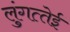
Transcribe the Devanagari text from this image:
लुंगत्‍तेई